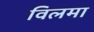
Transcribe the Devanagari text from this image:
विलमा